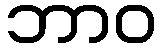
ဘာဝ